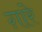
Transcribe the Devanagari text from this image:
ग़ारे